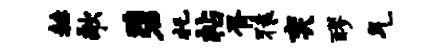
赫歌碧托帖胥猿奕醪气